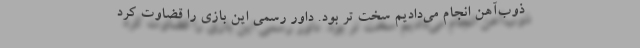
ذوب‌آهن انجام می‌دادیم سخت تر بود. داور رسمی این بازی را قضاوت کرد